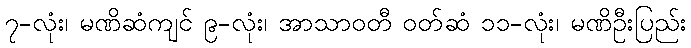
၇-လုံး၊ မဏိဆံကျင် ၉-လုံး၊ အာသာဝတီ ဝတ်ဆံ ၁၁-လုံး၊ မဏိဦးပြည်း